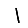
Digit: 1